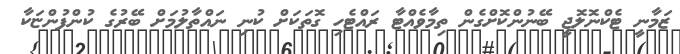
ޒަމާނީ ޓެކްނޮލޮޖީ ބޭނުންކޮށްގެން ތިމާވެއްޓާ ރައްޓެހި ގޮތަކަށް ކުނި ނައްތާލުމަށް ބޭރުގެ ކުންފުންޏަކާ